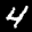
Label: 4